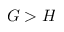
G > H